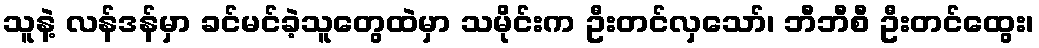
သူနဲ့ လန်ဒန်မှာ ခင်မင်ခဲ့သူတွေထဲမှာ သမိုင်းက ဦးတင်လှသော်၊ ဘီဘီစီ ဦးတင်ထွေး၊